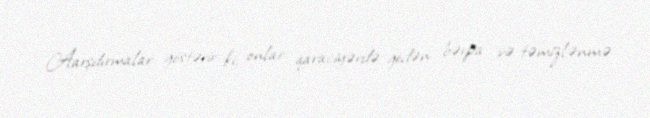
Aarşdırmalar göstərir ki, onlar qaraciyərdə gedən bərpa və təmizlənmə